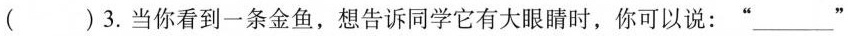
( ) 3. 当你看到一条金鱼,想告诉同学它有大眼睛时,你可以说:“___”